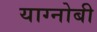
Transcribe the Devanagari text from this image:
याग्नोबी